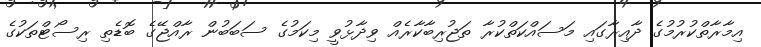
އިމާރާތްކުރުމުގެ ދާއިރާގައި މަސައްކަތްކުރާ ތަޖުރިބާކާރެއް ވިދާޅުވީ މިކަމުގެ ސަބަބުން ރާއްޖޭގެ ބޮޑެތި ރިސޯޓްތަކުގެ